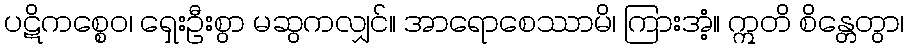
ပဋိကစ္စေဝ၊ ရှေးဦးစွာ မဆွကလျှင်။ အာရောစေဿာမိ၊ ကြားအံ့။ ဣတိ စိန္တေတွာ၊